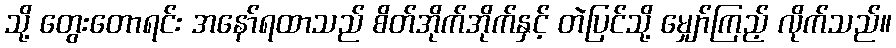
သို့ တွေးတောရင်း အနော်ရထာသည် စိတ်အိုက်အိုက်နှင့် တဲပြင်သို့ မျှော်ကြည့် လိုက်သည်။